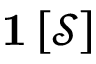
\mathbf { 1 } \left[ \mathcal { S } \right]